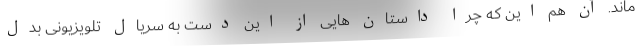
ماند. آن هم این که چرا داستان هایی از این دست به سریال تلویزیونی بدل